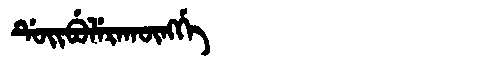
Manchu: ᡩᡠᡳᠪᡠᠯᡝᡵᠠᡴᡡᠩᡤᡝ
Romanization: DUIBULERAKŪNGGE